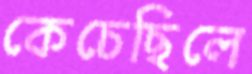
কেচেছিলে